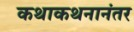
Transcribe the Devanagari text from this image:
कथाकथनानंतर